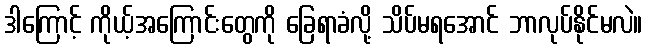
ဒါကြောင့် ကိုယ့်အကြောင်းတွေကို ခြေရာခံလို့ သိပ်မရအောင် ဘာလုပ်နိုင်မလဲ။